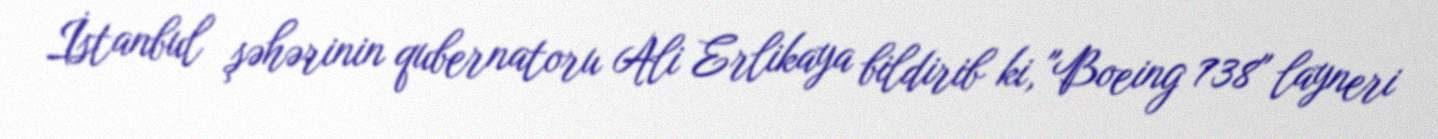
İstanbul şəhərinin qubernatoru Ali Erlikaya bildirib ki, "Boeing 738" layneri